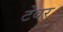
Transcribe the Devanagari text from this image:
टेबर